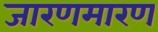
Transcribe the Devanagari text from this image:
जारणमारण